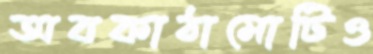
অবকাঠামোটিও